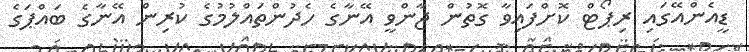
ޑީއެންއޭގައި ރިޕޯޓް ކޮށްފައިވާ ގޮތުން ޖާންވީ އޭނާގެ ހެދުންތައްލުމުގެ ކުރިން އޭނާގެ ބައްޕަގެ